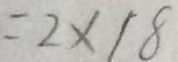
= 2 \times 1 8